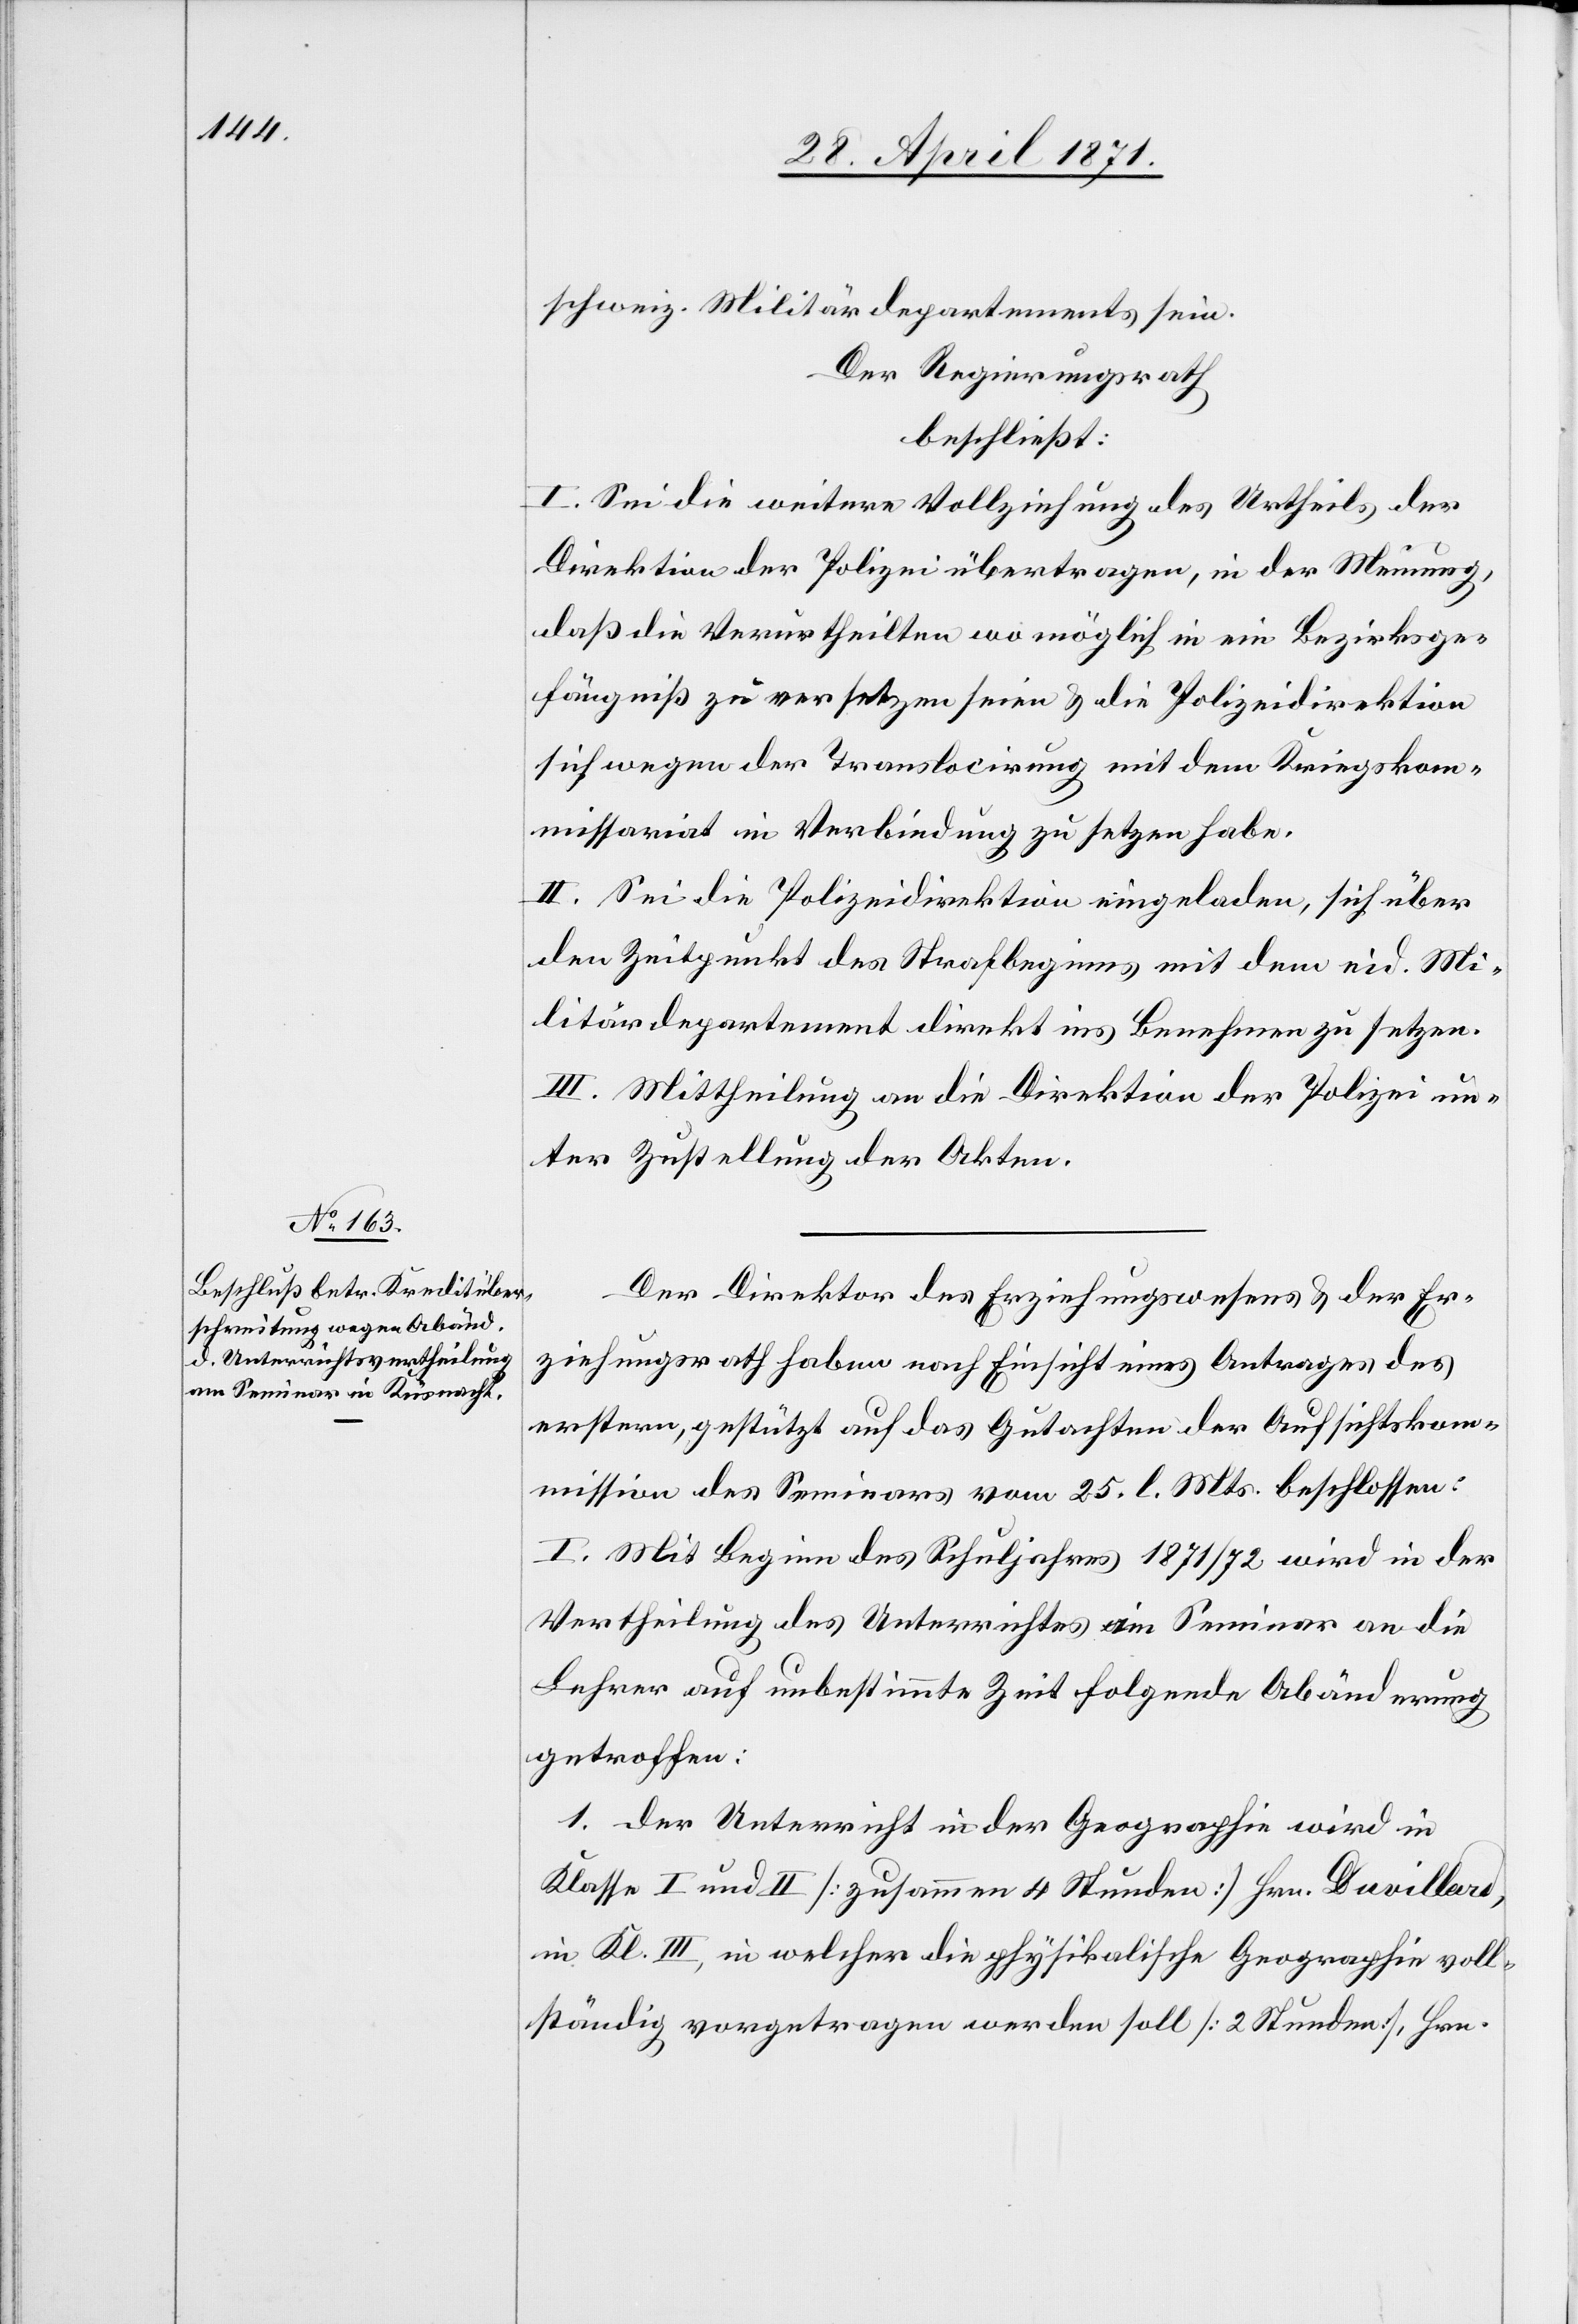
Der Direktor des Erziehungswesens u. der Er¬
ziehungsrath haben nach Einsicht eines Antrages des
erstern, gestützt auf das Gutachten der Aufsichtskom¬
mission des Seminars vom 25. l. Mts. beschlossen:
I. Mit Beginn des Schuljahres 1871/72 wird in der
Vertheilung des Unterrichtes im Seminar an die
Lehrer auf unbestimmte Zeit folgende Abänderung
getroffen:
1. der Unterricht in der Geographie wird in
Klasse I und II [zusammen 4 Stunden] Hrn. Duvillard,
in Kl. III, in welcher die physikalische Geographie voll¬
ständig vorgetragen werden soll [2 Stunden], Hrn.